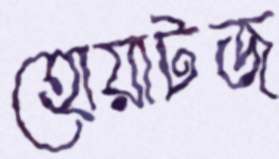
হোয়াটজ